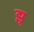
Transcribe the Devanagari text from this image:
झ्र्